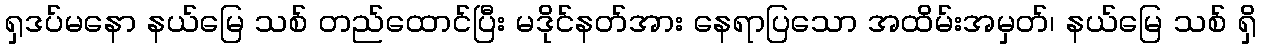
ရှဒပ်မနော နယ်မြေ သစ် တည်ထောင်ပြီး မဒိုင်နတ်အား နေရာပြသော အထိမ်းအမှတ်၊ နယ်မြေ သစ် ရှိ